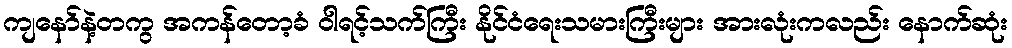
ကျနော်နဲ့တကွ အကန်တော့ခံ ဝါရင့်သက်ကြီး နိုင်ငံရေးသမားကြီးများ အားလုံးကလည်း နောက်ဆုံး